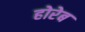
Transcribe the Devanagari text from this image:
होरेब